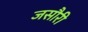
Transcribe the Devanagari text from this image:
जसौरी